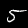
Digit: 5